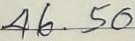
46 . 50